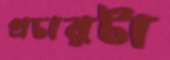
প্রচারটা